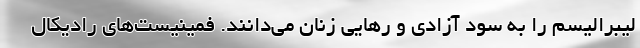
لیبرالیسم را به سود آزادی و رهایی زنان می‌دانند. فمینیست‌های رادیکال